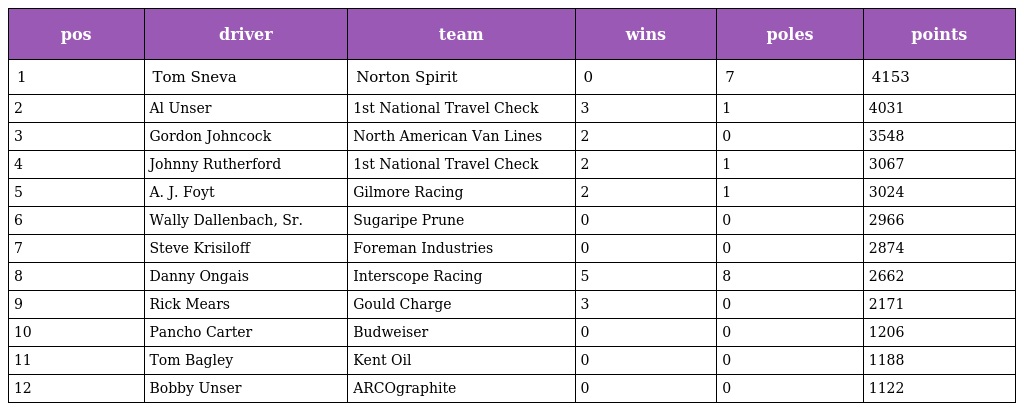
| pos | driver | team | wins | poles | points |
 | --- | --- | --- | --- | --- | --- |
 | 1 | Tom Sneva | Norton Spirit | 0 | 7 | 4153 |
 | 2 | Al Unser | 1st National Travel Check | 3 | 1 | 4031 |
 | 3 | Gordon Johncock | North American Van Lines | 2 | 0 | 3548 |
 | 4 | Johnny Rutherford | 1st National Travel Check | 2 | 1 | 3067 |
 | 5 | A. J. Foyt | Gilmore Racing | 2 | 1 | 3024 |
 | 6 | Wally Dallenbach, Sr. | Sugaripe Prune | 0 | 0 | 2966 |
 | 7 | Steve Krisiloff | Foreman Industries | 0 | 0 | 2874 |
 | 8 | Danny Ongais | Interscope Racing | 5 | 8 | 2662 |
 | 9 | Rick Mears | Gould Charge | 3 | 0 | 2171 |
 | 10 | Pancho Carter | Budweiser | 0 | 0 | 1206 |
 | 11 | Tom Bagley | Kent Oil | 0 | 0 | 1188 |
 | 12 | Bobby Unser | ARCOgraphite | 0 | 0 | 1122 |